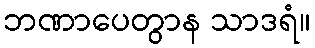
ဘဏာပေတွာန သာဒရံ။